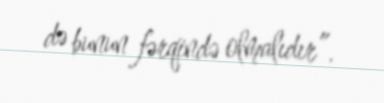
də bunun fərqində olmalıdır”.